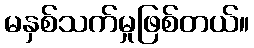
မနှစ်သက်မှုဖြစ်တယ်။